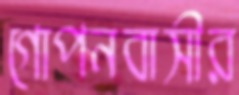
গোপনবাসীর